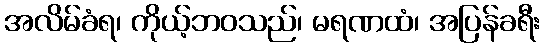
အလိမ်ခံရ၊ ကိုယ့်ဘဝသည်၊ မရဏထံ၊ အပြန်ခရီး